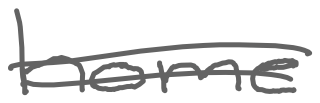
Text: home
Cross-out: double-line
Writing tool: digital_gray